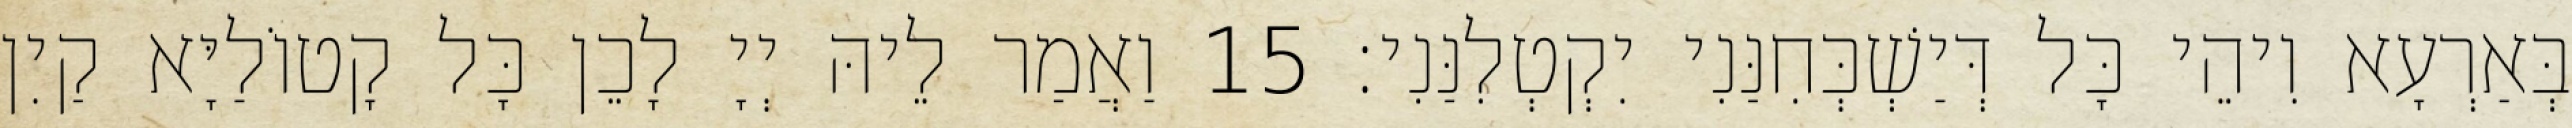
בְּאַרְעָא וִיהֵי כָּל דְּיַשְׁכְּחִנַּנִי יִקְטְלִנַּנִי׃ 15 וַאֲמַר לֵיהּ יְיָ לָכֵן כָּל קָטוֹלַיָּא קַיִן